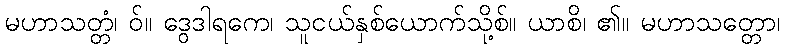
မဟာသတ္တံ၊ ဝ်။ ဒွေဒါရကေ၊ သူငယ်နှစ်ယောက်သို့စ်။ ယာစိ၊ ၏။ မဟာသတ္တော၊